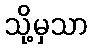
သို့မှသာ